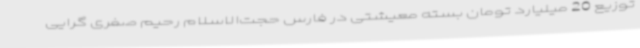
توزیع 20 میلیارد تومان بسته معیشتی در فارس حجت‌الاسلام رحیم صفری گرایی